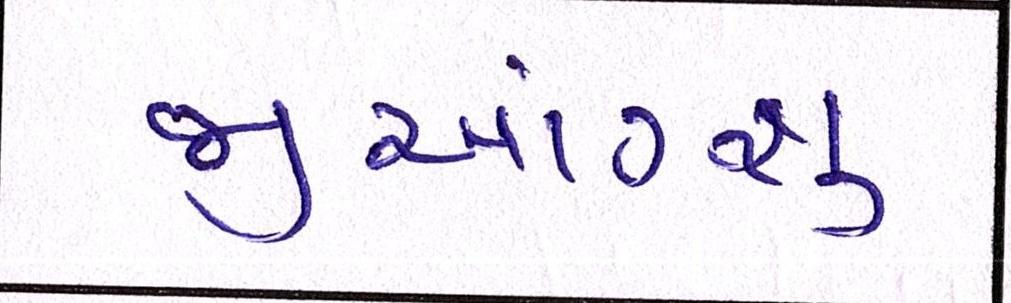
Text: જીઆંગ્શુ